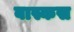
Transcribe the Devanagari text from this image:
बास्कस